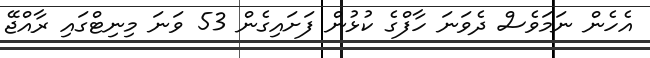
އެހެން ނަމަވެސް ދެވަނަ ހާފްގެ ކުޅުން ފަށައިގެން 53 ވަނަ މިނިޓްގައި ރާއްޖޭ